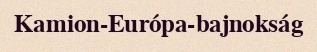
Kamion-Európa-bajnokság